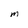
Character: M